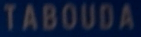
TABOUDA